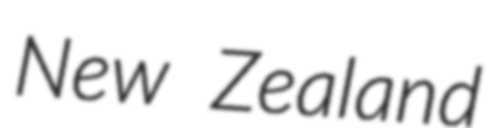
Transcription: New Zealand